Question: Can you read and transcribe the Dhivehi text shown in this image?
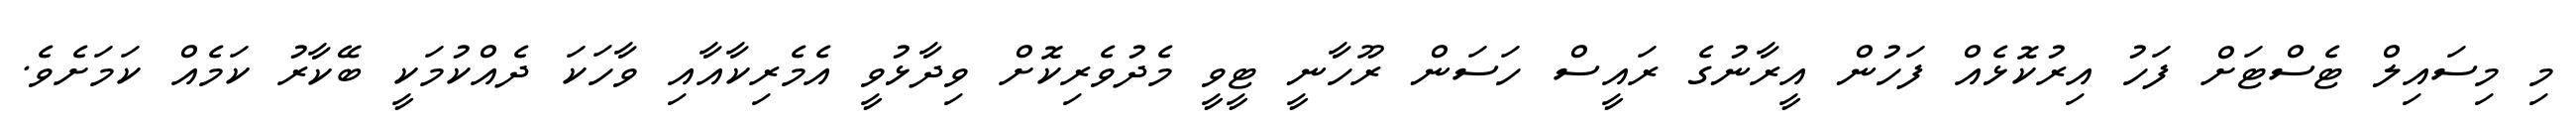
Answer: މި މިސައިލް ޓެސްޓަށް ފަހު އިރުކޮޅެއް ފަހުން އީރާނުގެ ރައީސް ހަސަން ރޫހާނީ ޓީވީ މެދުވެރިކޮށް ވިދާޅުވީ އެމެރިކާއާއި ވާހަކަ ދެއްކުމަކީ ބޭކާރު ކަމެއް ކަމަށެވެ.